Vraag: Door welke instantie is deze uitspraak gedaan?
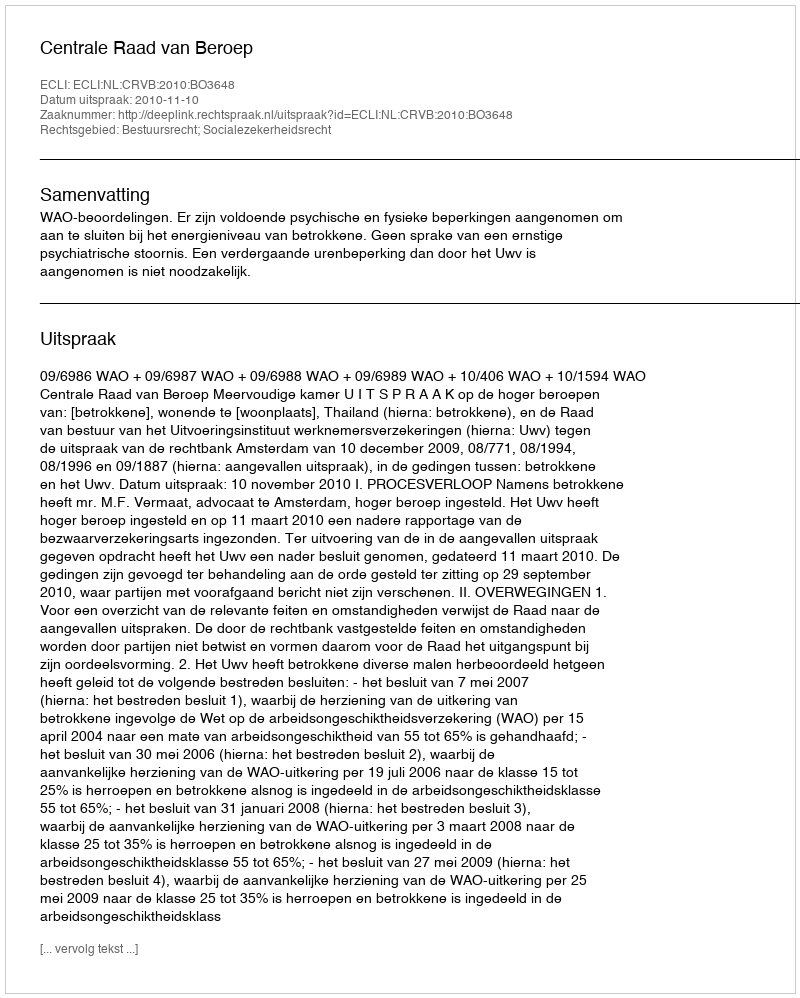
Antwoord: Centrale Raad van Beroep